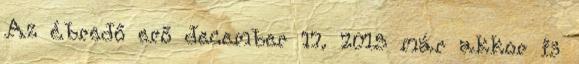
Az ébredő erő december 17. 2015 már akkor is